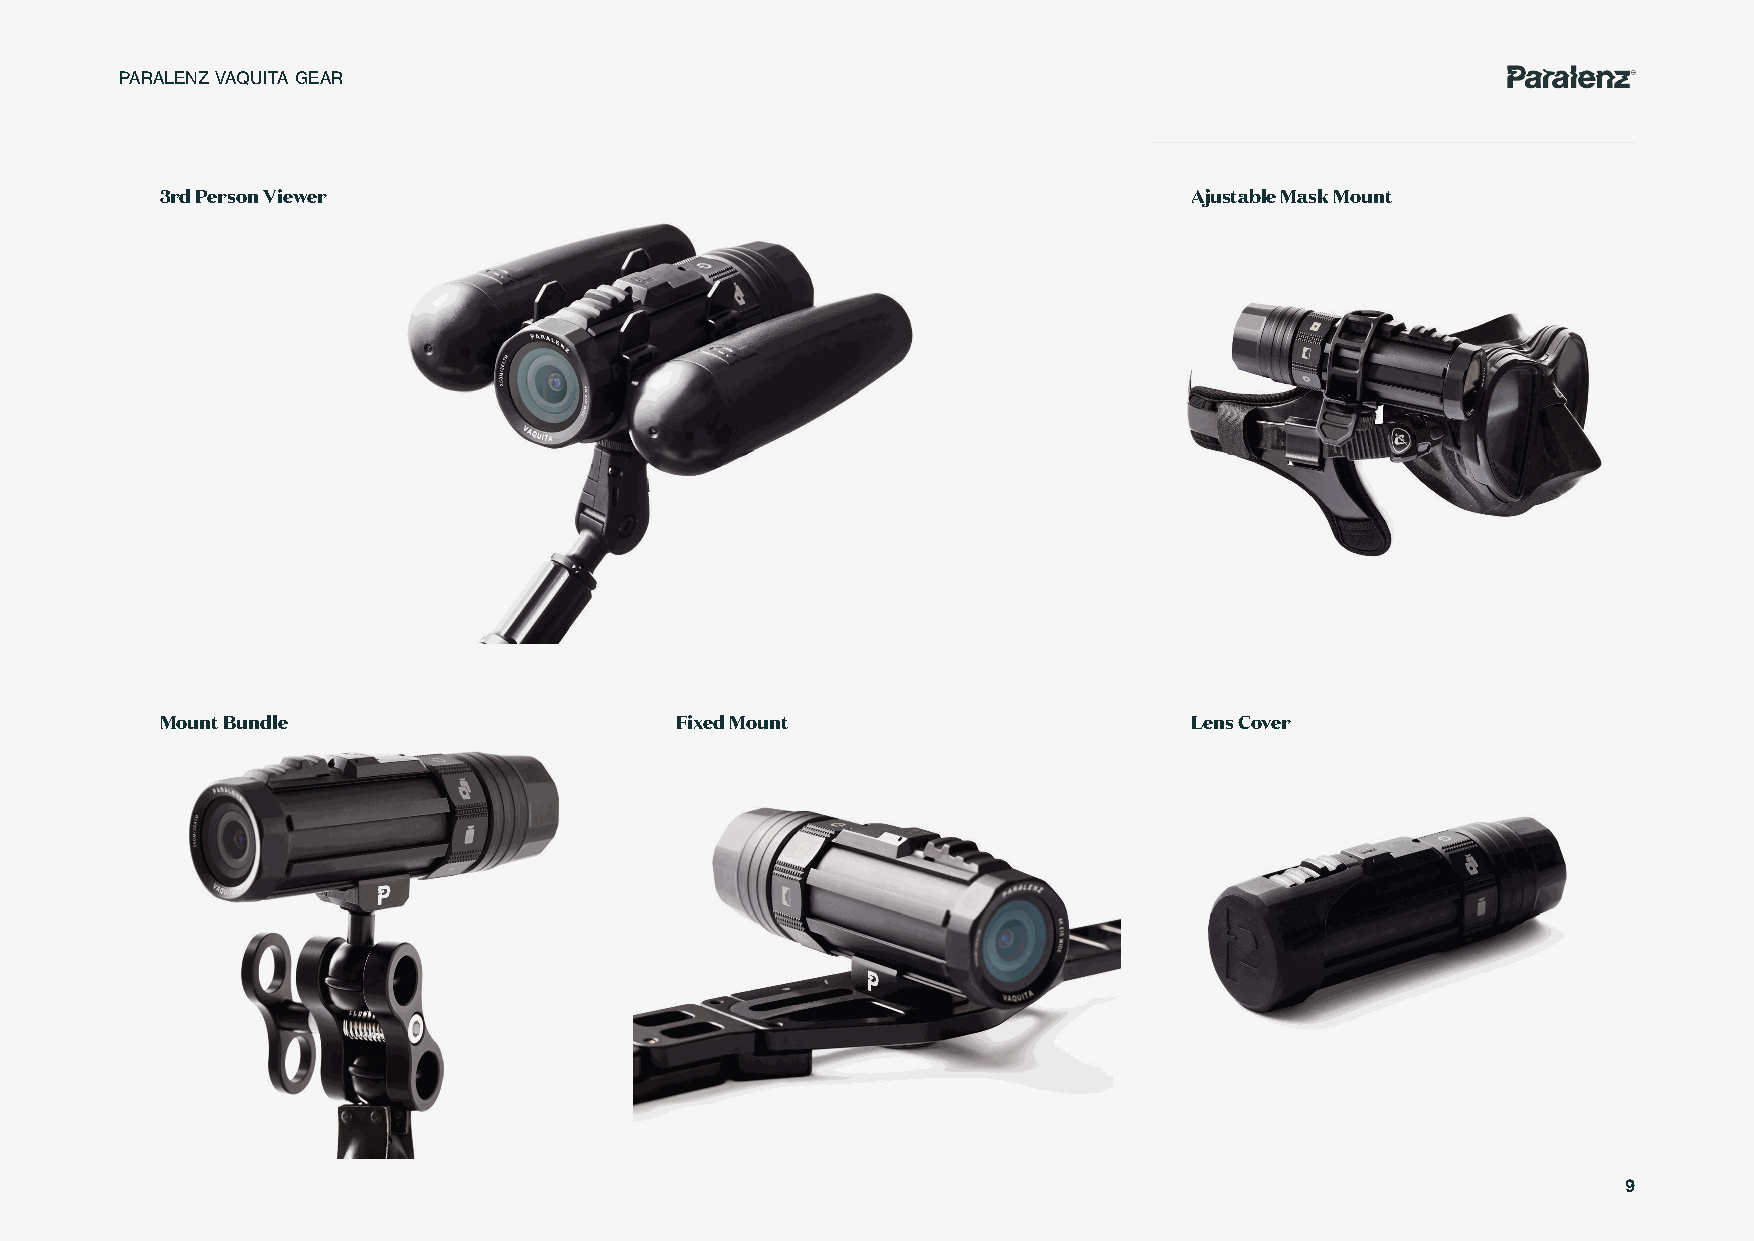
PARALENZ VAQUITA GEAR
 3rd Person Viewer                                                   Ajustable Mask Mount
 Mount Bundle                      Fixed Mount                       Lens Cover
 9